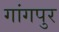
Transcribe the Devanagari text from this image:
गांगपुर